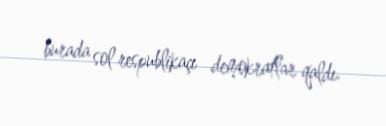
burada sol respublikaçı demokratlar qaldı.